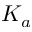
K _ { a }